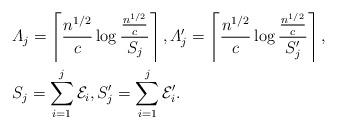
LaTeX: \begin{align*}&\varLambda_j=\left\lceil\frac{n^{1/2}}{c}\log\frac{\tfrac{n^{1/2}}{c}}{S_j}\right\rceil,\varLambda'_j=\left\lceil\frac{n^{1/2}}{c}\log\frac{\tfrac{n^{1/2}}{c}}{S'_j}\right\rceil, \\&S_j=\sum_{i=1}^j\mathcal E_i,S'_j=\sum_{i=1}^j\mathcal E_i'.\end{align*}